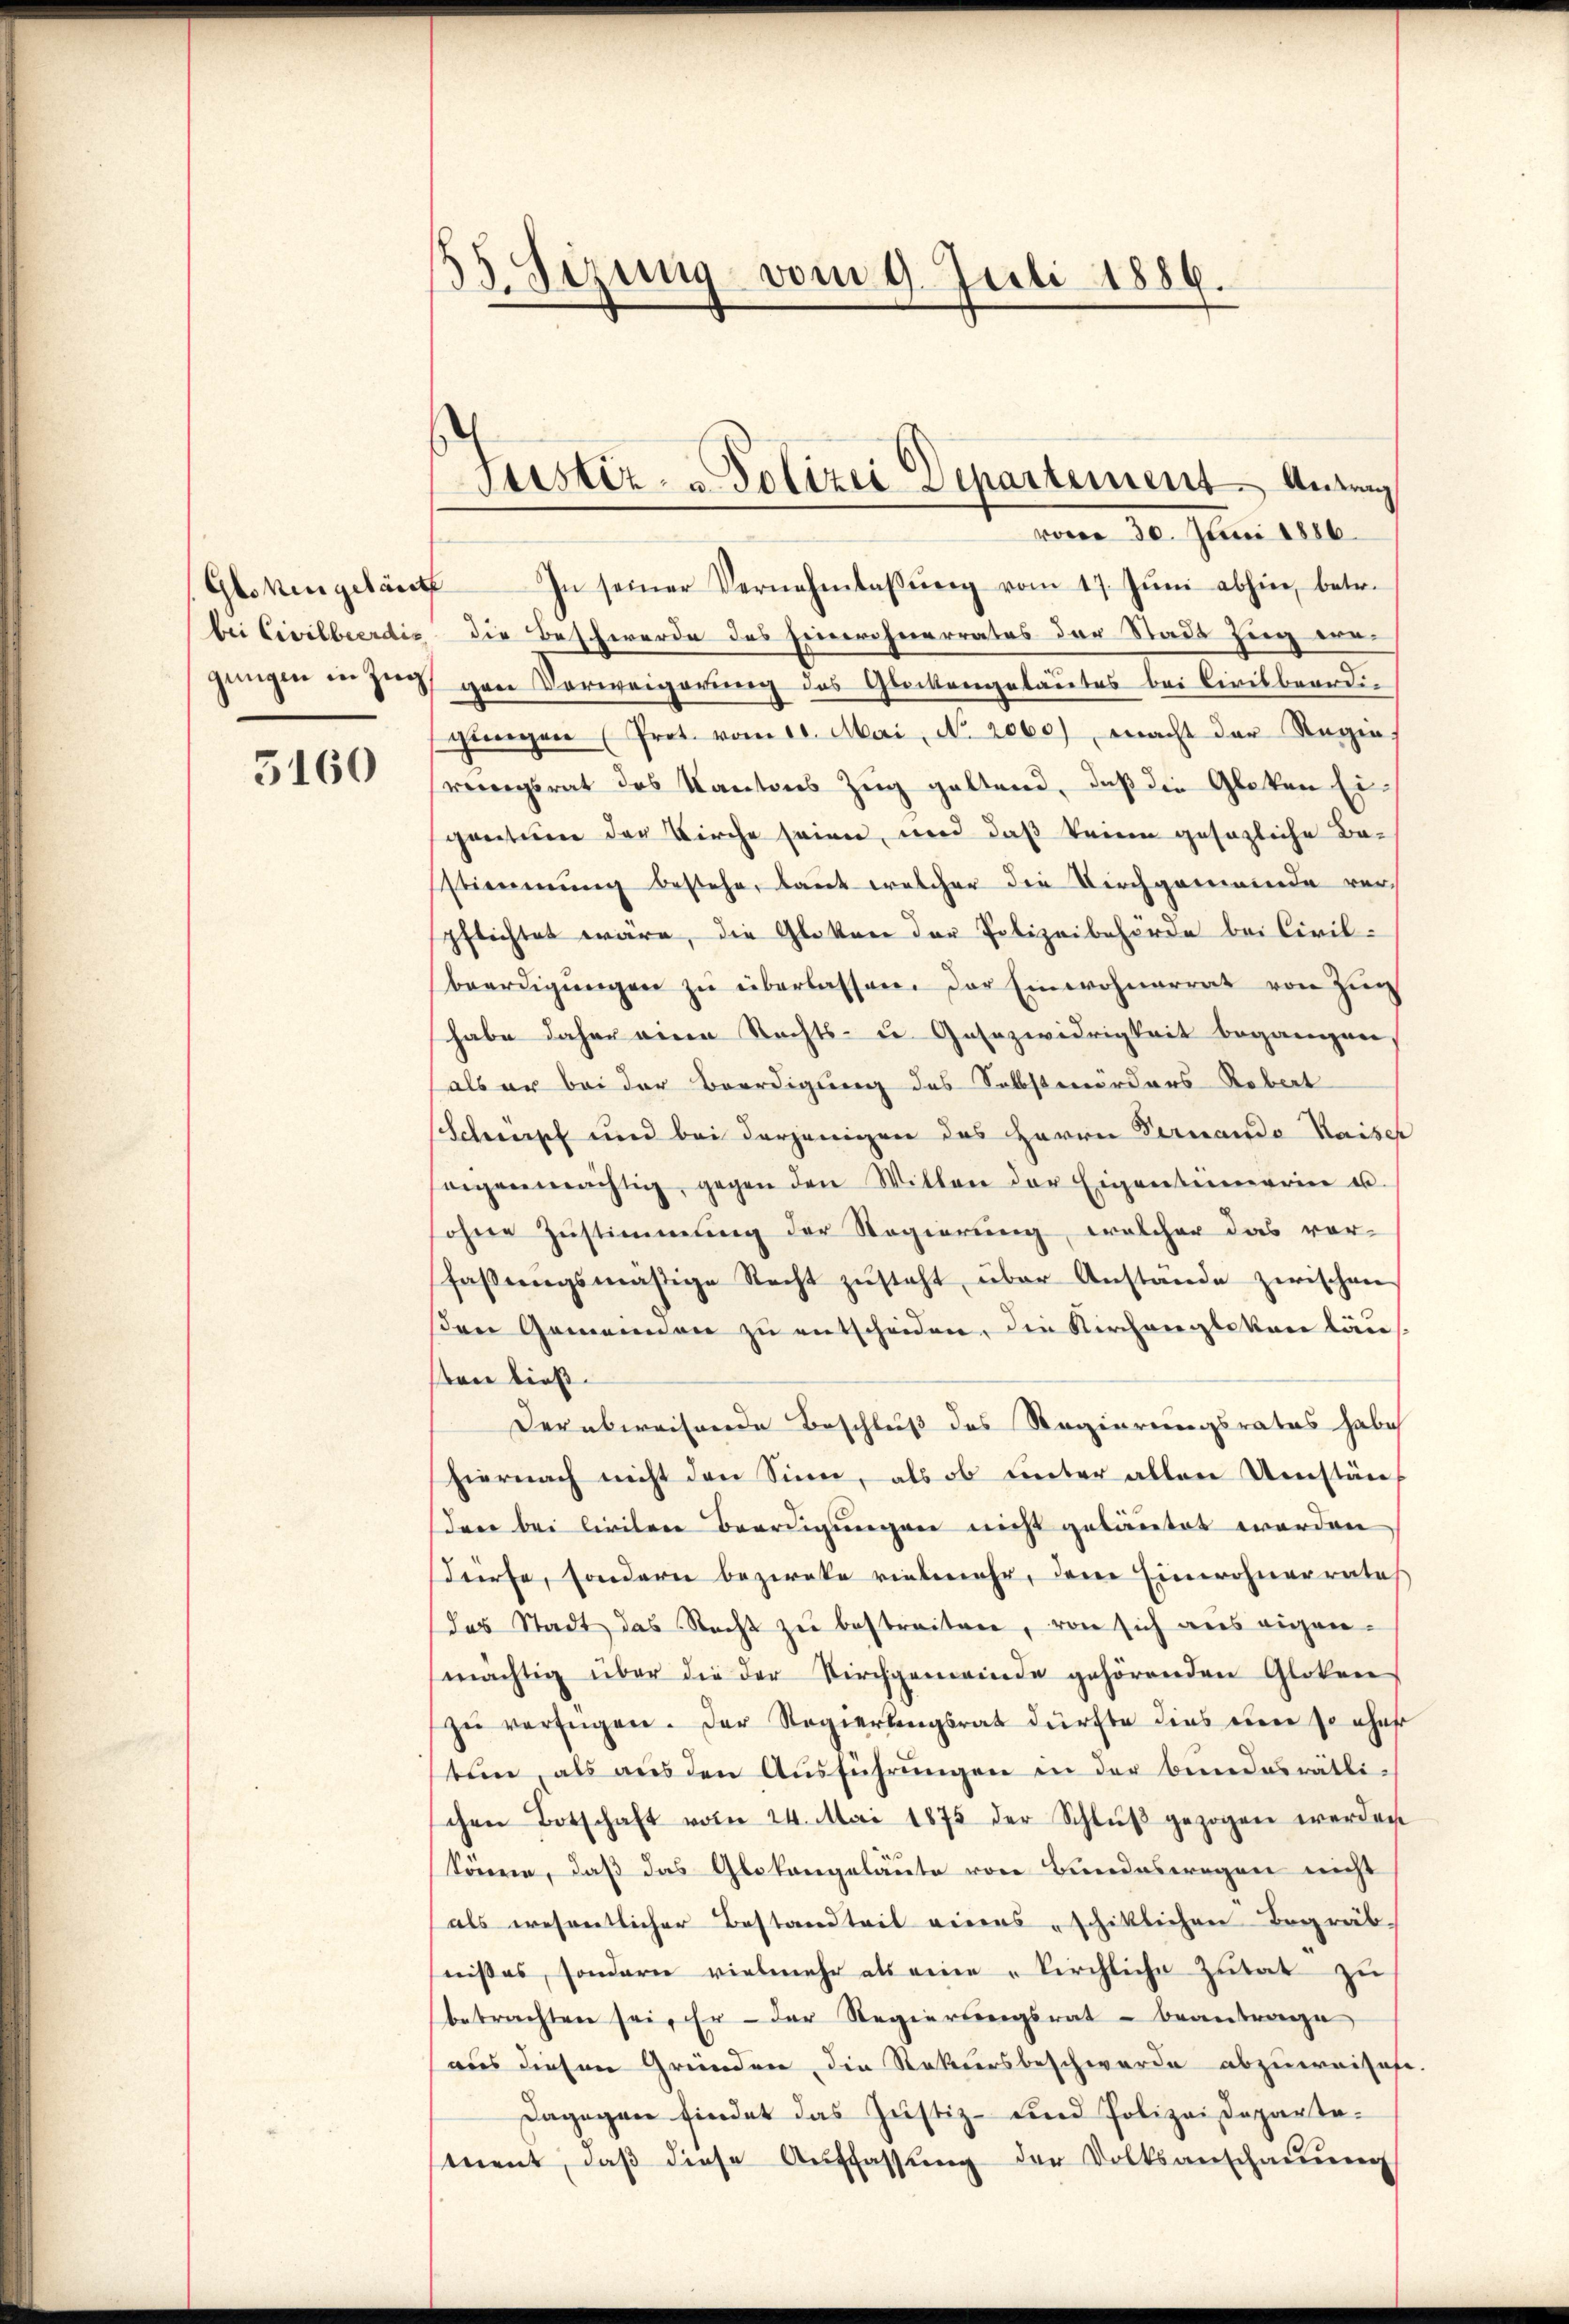
3160

53. Sizung vom 9. Juli 1886.

Glokengeläute In seiner Vernehmlassŭng vom 17. Jŭni abhin, betr.
bei Civilbeerdig die Beschwerde des Einwohnerrates der Stadt Zug ein
gungen in Zug gen Verweigerung des Glockengelautes bei Civilbeerdin
gungen (Prot. vom 10. Mai, No. 2060) Macht der Regie
rengsrat des Kantons Zug geltend, daß die Glatten Eigonitione der Kirche seien, und daß keine gesezliche Be-
stimmung bestehe, laut welcher die Dirchgemeinde verpflichtet wäre, die Glatten der Polizeibehörde bei Civil-
beerdigŭngen zŭ überlassen. Der Einwohnerrat von Zug
habe daher einen Rechts- u. Gesezwidrigkeit begangen,
als er bei der Beerdigung des Selbstmörders Robert
Scheint und bei derjenigen des Herrn Pernando Kaiser
eigenmächtig, gegen den Wilten der Eigentümerin u.
sohne Zŭstimmung der Regierung, welcher das vor-
faβŭngsmäßige Recht zŭsteht, über Anstände zwischen
den Gemeinden zu entscheiden, die Kirchengleten läu
sten ließ.
Der abweisende Beschluß des Regierungsrates habe
hiernach nicht den Sinn, als ob unter allen Umstän-
dree bei lieiten Beerdigungen nicht gebautet werden
dürfe, sondern bezwecke vielmehr, dem Einwohnerrates
das Stadt das Recht zu bestreiten, von sich aus eigen-
mächtig über die der Kirchgemeinde gehörenden Gloken
zŭ verfügen. Der Regierungsrat dürfte dies einer so eher
ten, als aŭs den Aŭsführŭngen in der bundesräthischen Botschaft vom 24. Mai 1875 der Schlŭβ gezogen werden
könne, daß das Glokengeläute von Bundeswegen nicht
(als wesentlicher Bestandteit eines schiklichen Begräb-
nises, sondern vielmehr als eine „Kirchliche Zutat zŭ
betrachten sei. Er der Regierungsrat - beantrage
aus diesen Gründen, die Rekursbeschwerde abzuweisest.
Dagegen findet das Justiz- und Polizeidepartement, daβ diese Auffassŭng der Volksanschaŭŭng

Justiz- & Polizei Departement Anging
vom 20. Juni 1816.